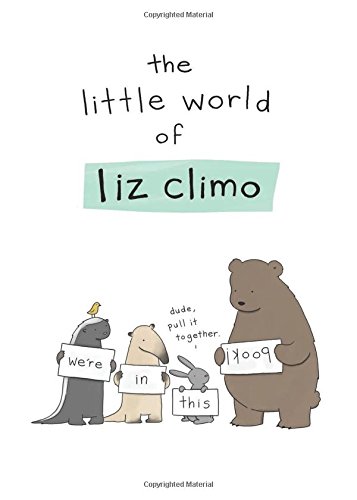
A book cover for The Little World of Liz Climo; Liz Climo; Comics & Graphic Novels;